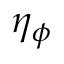
\eta _ { \phi }